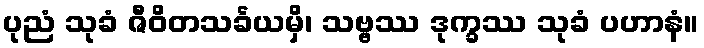
ပုညံ သုခံ ဇီဝိတသင်္ခယမှိ၊ သဗ္ဗဿ ဒုက္ခဿ သုခံ ပဟာနံ။